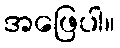
အဖြေပါ။